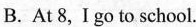
B. At 8, I go to school.